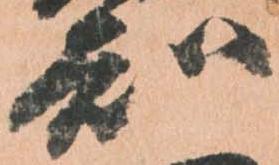
知